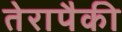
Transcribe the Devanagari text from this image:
तेरापैकी